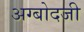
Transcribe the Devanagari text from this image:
अग्बोदजी